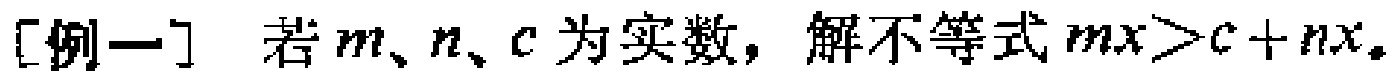
[例一] 若\(m、n、c\)为实数，解不等式\(mx>c + nx\)。